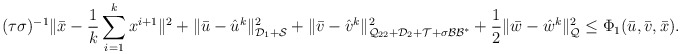
\begin{align*} (\tau \sigma)^{-1} \|\bar x - \frac{1}{k}\displaystyle\sum_{i=1}^k x^{i+1}\|^2 + \|\bar u - \hat u^k \|^2_{\mathcal{D}_1 + \mathcal{S} } +\|\bar v - \hat v^k\|^2_{\mathcal{Q}_{22} + \mathcal{D}_{2} + \mathcal{T} + \sigma\mathcal{B}\mathcal{B}^*} + \frac{1}{2}\|\bar w - \hat w^k\|^2_{\mathcal{Q}}\leq \Phi_1(\bar{u}, \bar{v}, \bar{x}).\end{align*}